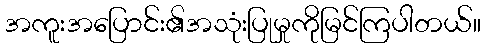
အကူးအပြောင်း၏အသုံးပြုမှုကိုမြင်ကြပါတယ်။